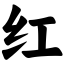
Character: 红